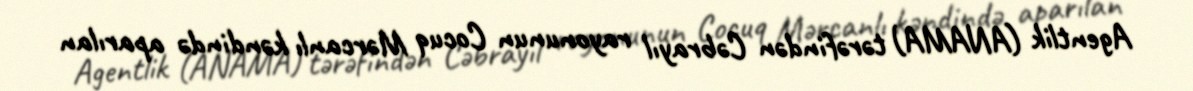
Agentlik (ANAMA) tərəfindən Cəbrayıl rayonunun Cocuq Mərcanlı kəndində aparılan